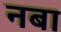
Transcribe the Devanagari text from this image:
नबा